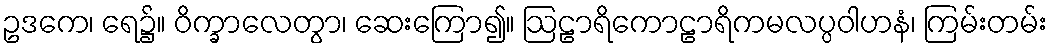
ဥဒကေ၊ ရေ၌။ ဝိက္ခာလေတွာ၊ ဆေးကြော၍။ ဩဠာရိကောဠာရိကမလပ္ပဝါဟနံ၊ ကြမ်းတမ်း